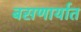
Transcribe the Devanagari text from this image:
बसणार्यात